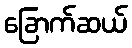
ခြောက်ဆယ်